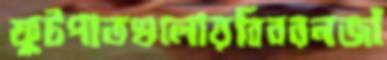
ফুটপাতগুলোয়বিবরনজাঁ